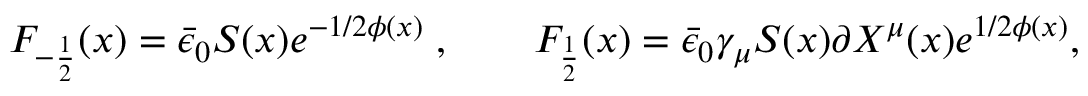
F _ { - { \frac { 1 } { 2 } } } ( x ) = \bar { \epsilon } _ { 0 } S ( x ) e ^ { - 1 / 2 \phi ( x ) } \; , \qquad F _ { \frac { 1 } { 2 } } ( x ) = \bar { \epsilon } _ { 0 } \gamma _ { \mu } S ( x ) \partial X ^ { \mu } ( x ) e ^ { 1 / 2 \phi ( x ) } ,